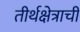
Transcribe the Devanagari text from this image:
तीर्थक्षेत्राची